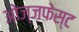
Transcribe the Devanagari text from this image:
ओज्ज़फेस्ट